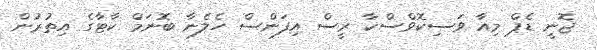
ޖޮނީ ޑެޕް މިއާ ވަސިކޮވްސްކާ ރީސް އިފަންސް ހެލެނާ ބޮނަމް ކާޓާގެ އިތުރުން